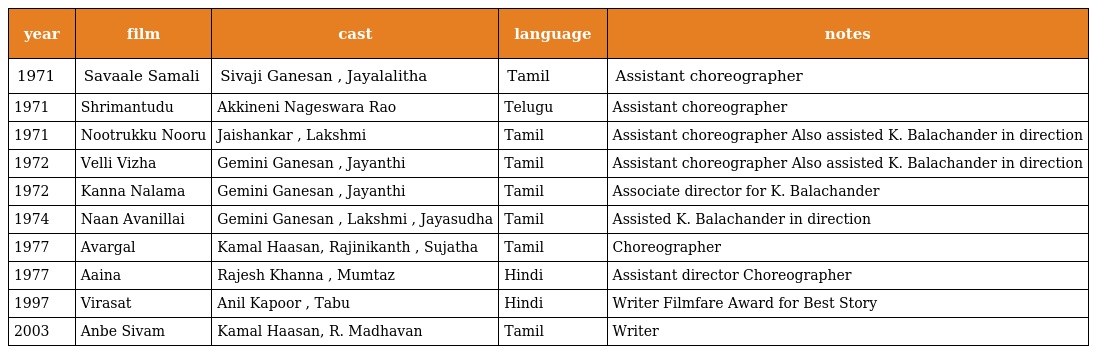
| year | film | cast | language | notes |
 | --- | --- | --- | --- | --- |
 | 1971 | Savaale Samali | Sivaji Ganesan , Jayalalitha | Tamil | Assistant choreographer |
 | 1971 | Shrimantudu | Akkineni Nageswara Rao | Telugu | Assistant choreographer |
 | 1971 | Nootrukku Nooru | Jaishankar , Lakshmi | Tamil | Assistant choreographer Also assisted K. Balachander in direction |
 | 1972 | Velli Vizha | Gemini Ganesan , Jayanthi | Tamil | Assistant choreographer Also assisted K. Balachander in direction |
 | 1972 | Kanna Nalama | Gemini Ganesan , Jayanthi | Tamil | Associate director for K. Balachander |
 | 1974 | Naan Avanillai | Gemini Ganesan , Lakshmi , Jayasudha | Tamil | Assisted K. Balachander in direction |
 | 1977 | Avargal | Kamal Haasan, Rajinikanth , Sujatha | Tamil | Choreographer |
 | 1977 | Aaina | Rajesh Khanna , Mumtaz | Hindi | Assistant director Choreographer |
 | 1997 | Virasat | Anil Kapoor , Tabu | Hindi | Writer Filmfare Award for Best Story |
 | 2003 | Anbe Sivam | Kamal Haasan, R. Madhavan | Tamil | Writer |